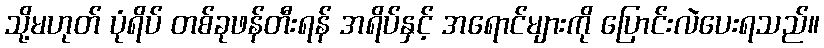
သို့မဟုတ် ပုံရိပ် တစ်ခုဖန်တီးရန် အရိပ်နှင့် အရောင်များကို ပြောင်းလဲပေးရသည်။